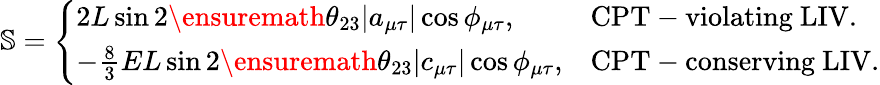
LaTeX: \begin{array}{r}{\mathbb{S}=\left\{ \begin{array}{ll}{2L\sin 2\ensuremath{\theta_{23}}|a_{\mu\tau}|\cos\phi_{\mu\tau},}&{\mathrm{CPT-violating~LIV}.}\\ {-\frac{8}{3}EL\sin 2\ensuremath{\theta_{23}}|c_{\mu\tau}|\cos\phi_{\mu\tau},}&{\mathrm{CPT-conserving~LIV}.}\end{array}\right.}\end{array}